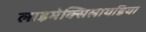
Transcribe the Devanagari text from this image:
लाइमेक्सिलायडिया